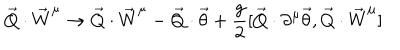
\vec { Q } \cdot \vec { W } ^ { \mu } \rightarrow \vec { Q } \cdot \vec { W } ^ { \mu } - \vec { Q } \cdot \vec { \theta } + \frac { g } { 2 } [ \vec { Q } \cdot \partial ^ { \mu } \vec { \theta } , \vec { Q } \cdot { \vec { W } } ^ { \mu } ]